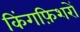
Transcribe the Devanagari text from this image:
किंगफ़िशरों